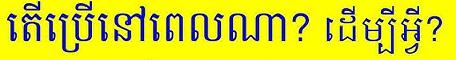
តើប្រើនៅពេលណា? ដើម្បីអ្វី?